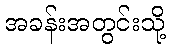
အခန်းအတွင်းသို့